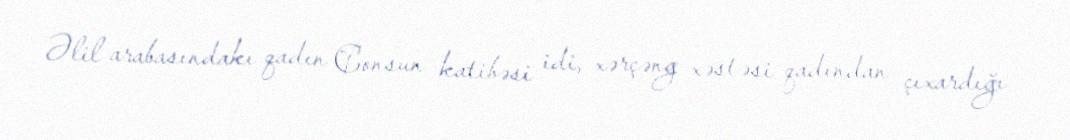
Əlil arabasındakı qadın Consun katibəsi idi, xərçəng xəstəsi qadından çıxardığı